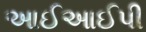
આઈઆઈપી